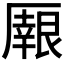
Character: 𠪼